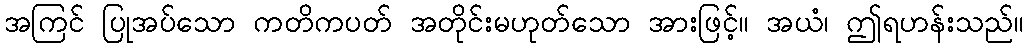
အကြင် ပြုအပ်သော ကတိကပတ် အတိုင်းမဟုတ်သော အားဖြင့်။ အယံ၊ ဤရဟန်းသည်။